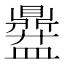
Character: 𱲞